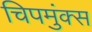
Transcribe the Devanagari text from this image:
चिपमुंक्स